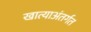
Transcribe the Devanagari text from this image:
खात्याअंतर्गत